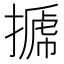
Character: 𢲽